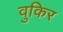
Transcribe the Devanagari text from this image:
वुकिर